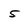
Character: 5